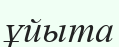
ұйыта